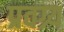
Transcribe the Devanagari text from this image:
प्रवग्र्य